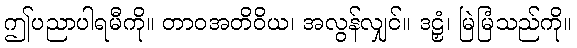
ဤပညာပါရမီကို။ တာဝအတိဝိယ၊ အလွန်လျှင်။ ဒဠှံ၊ မြဲမြံသည်ကို။